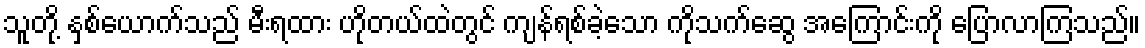
သူတို့ နှစ်ယောက်သည် မီးရထား ဟိုတယ်ထဲတွင် ကျန်ရစ်ခဲ့သော ကိုသက်ဆွေ အကြောင်းကို ပြောလာကြသည်။